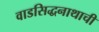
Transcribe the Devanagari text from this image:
वाडसिद्धनाथाची